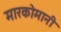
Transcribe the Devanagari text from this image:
मारकोमानी